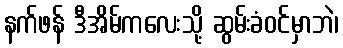
နက်ဖန် ဒီအိမ်ကလေးသို့ ဆွမ်းခံဝင်မှာဘဲ၊